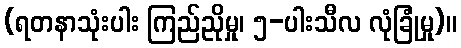
(ရတနာသုံးပါး ကြည်ညိုမှု၊ ၅-ပါးသီလ လုံခြုံမှု)။